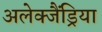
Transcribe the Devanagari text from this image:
अलेक्जैंड्रिया